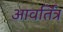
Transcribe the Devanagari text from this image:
आवर्तित्र